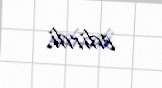
edirdi.